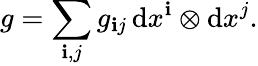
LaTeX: g=\sum_{\mathbf{i},j}g_{\mathbf{i}j}\, \mathrm{{d}}x^{\mathbf{i}}\otimes\mathrm{{d}}x^{j}.